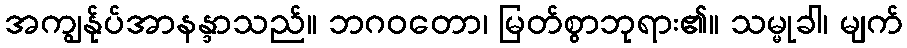
အကျွန်ုပ်အာနန္ဒာသည်။ ဘဂဝတော၊ မြတ်စွာဘုရား၏။ သမ္မုခါ၊ မျက်